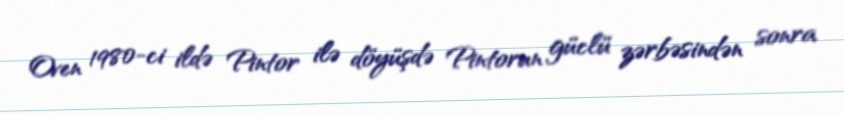
Oven 1980-ci ildə Pintor ilə döyüşdə Pintorun güclü zərbəsindən sonra